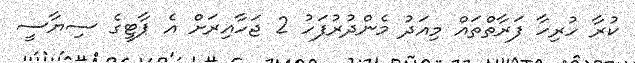
ކުރާ ހުރިހާ ފަރާތްތައް މިއަދު މެންދުރުފަހު 2 ޖަހާއިރަށް އެ ޕާޓީގެ ސިޔާސީ